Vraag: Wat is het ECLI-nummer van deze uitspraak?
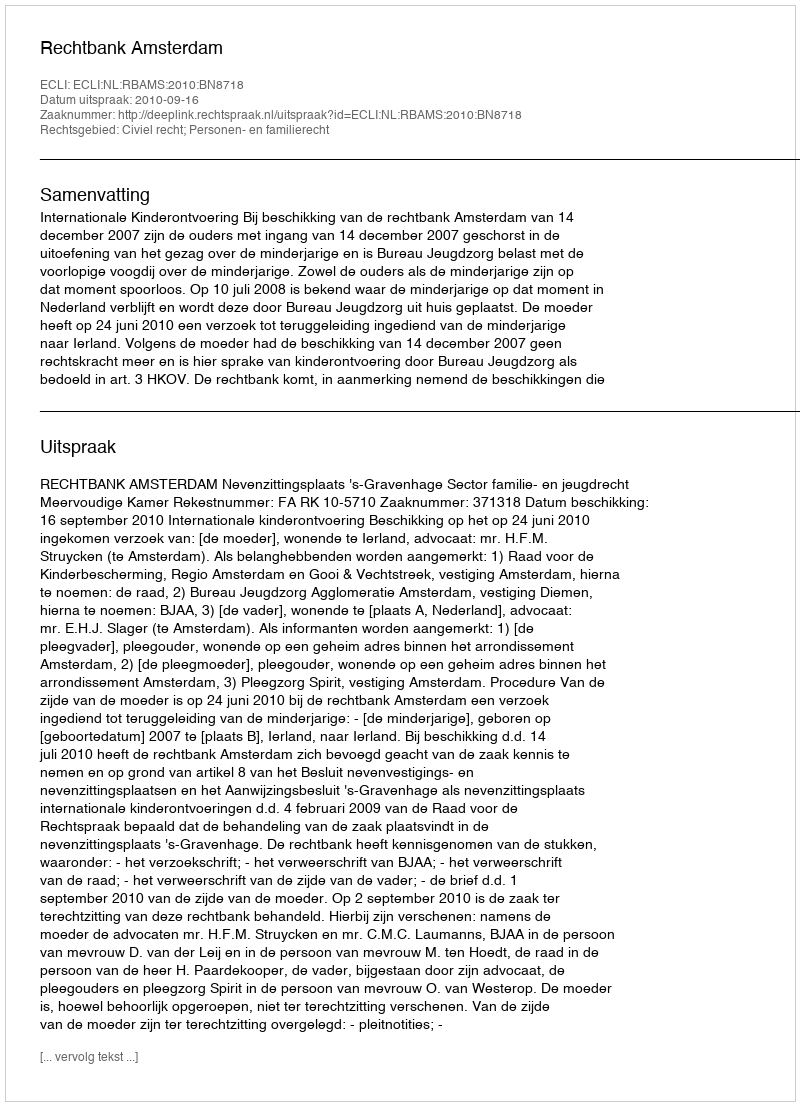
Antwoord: ECLI:NL:RBAMS:2010:BN8718